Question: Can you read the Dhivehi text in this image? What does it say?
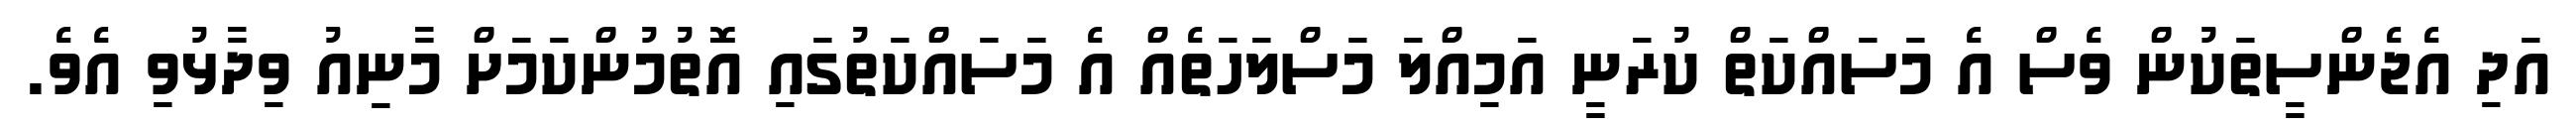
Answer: އަދި އެޖެންސީތަކުން ވެސް އެ މަސައްކަތް ކުރަނީ އަމިއްލަ މަސްލަހަތެއް އެ މަސައްކަތުގައި އޮތުމުންކަމަށް މާނިއު ވިދާޅުވި އެވެ.